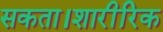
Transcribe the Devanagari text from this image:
सकता।शारीरिक